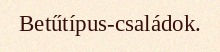
Betűtípus-családok.